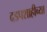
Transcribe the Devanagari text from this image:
दडपशाहीच्या